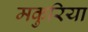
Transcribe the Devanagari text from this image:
मकुरिया